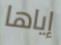
إياها